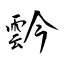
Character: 霒